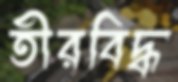
তীরবিদ্ধ